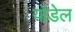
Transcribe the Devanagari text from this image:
योडेल